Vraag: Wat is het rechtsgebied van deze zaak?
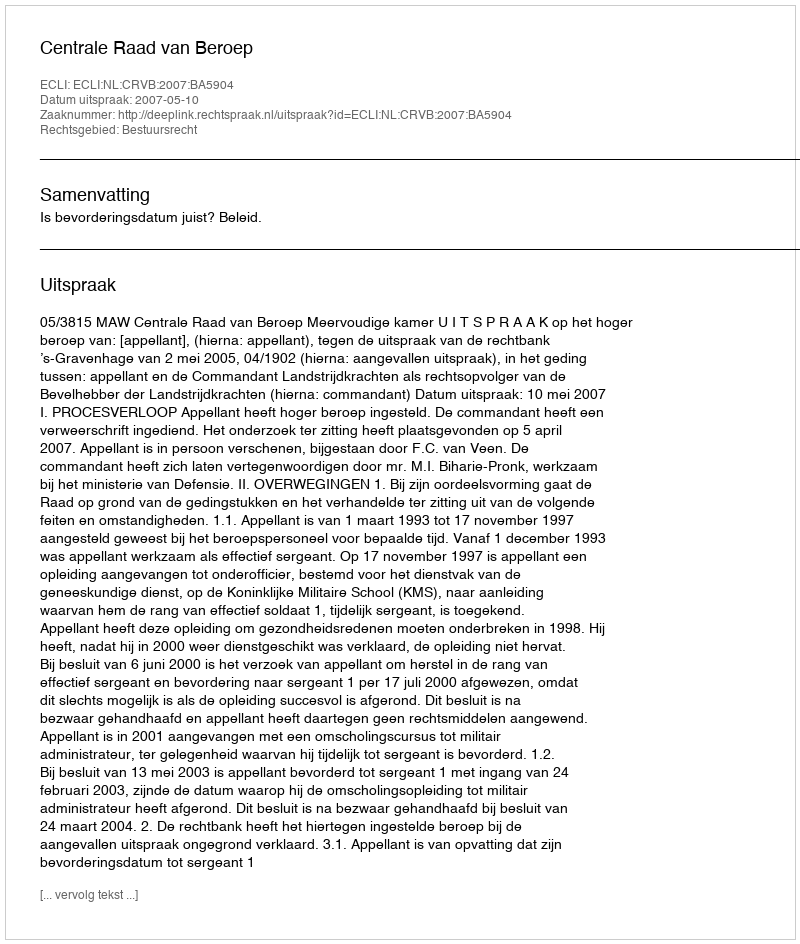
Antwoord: Bestuursrecht